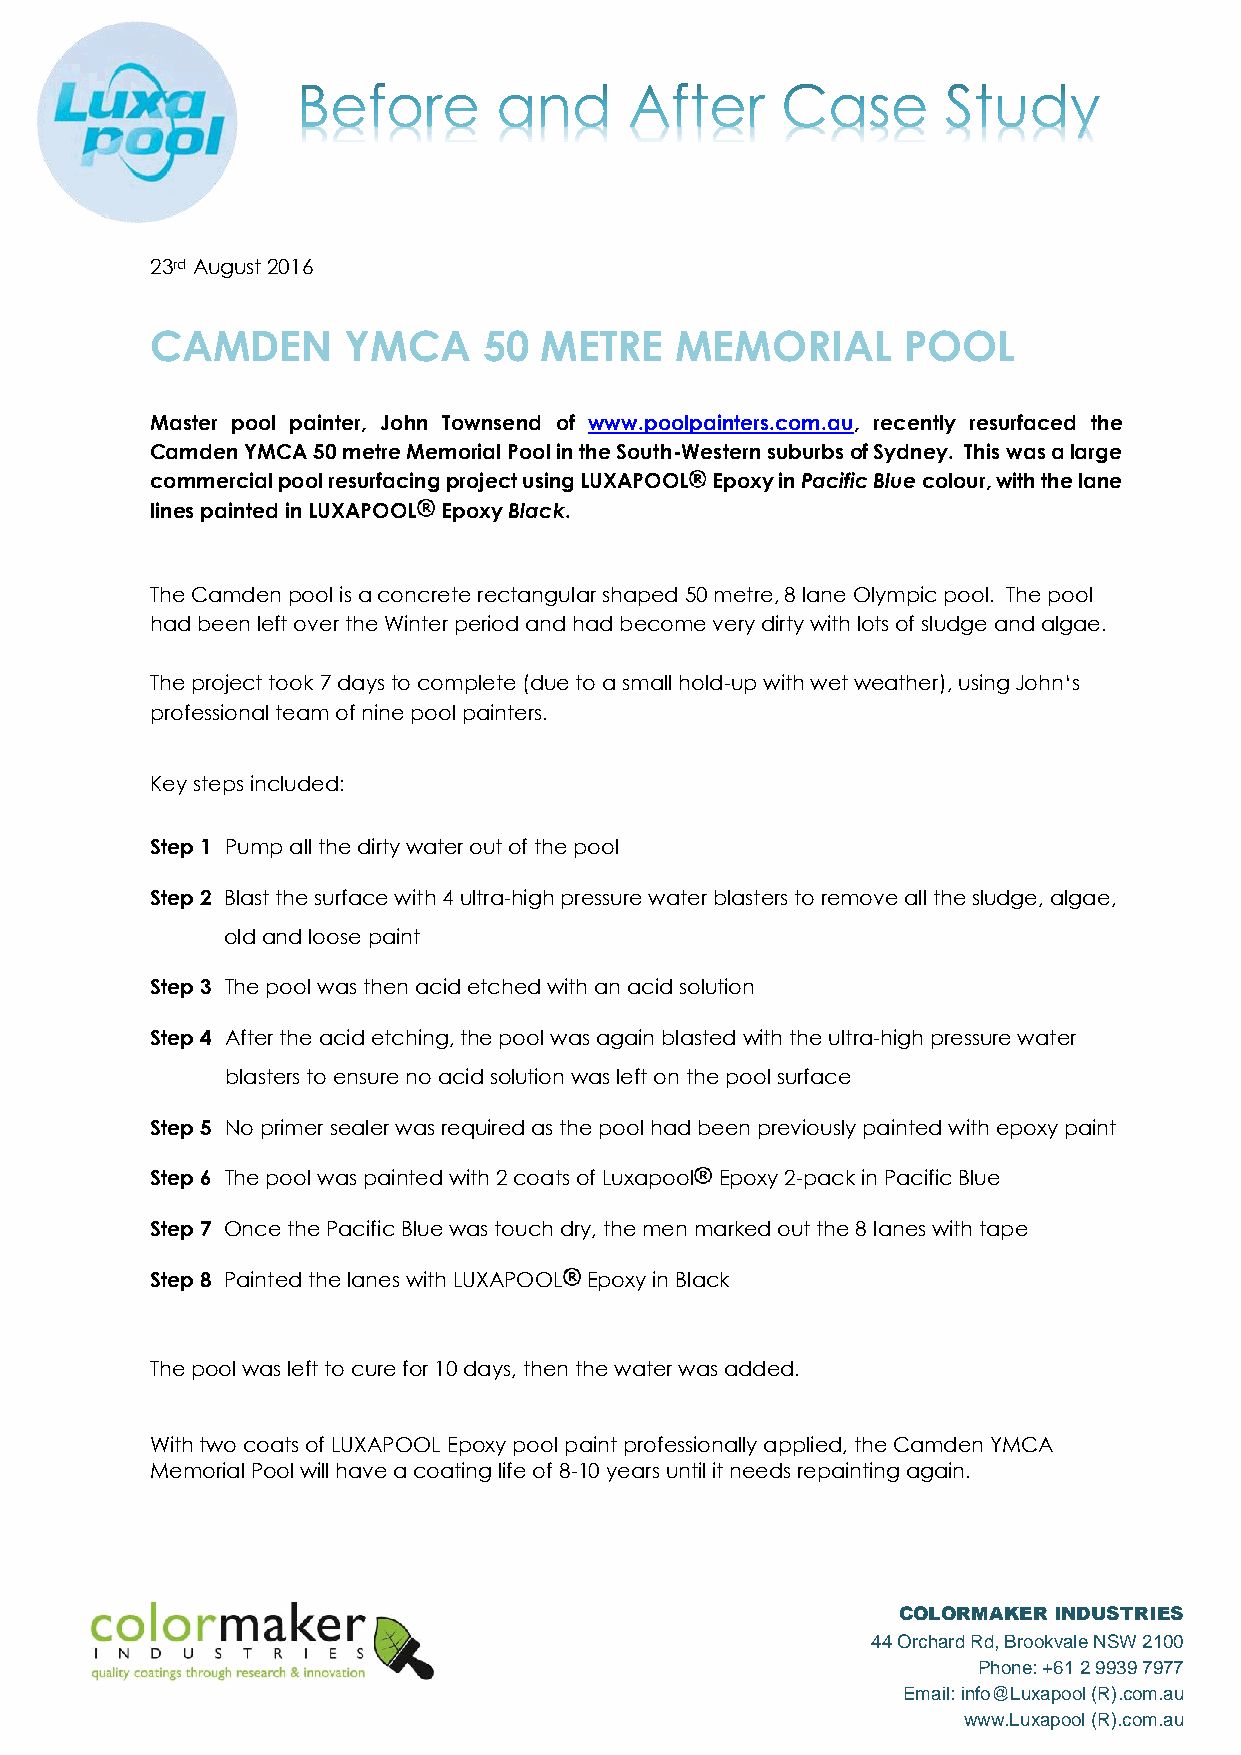
23rd August 2016
 CAMDEN       YMCA     50  METRE    MEMORIAL       POOL
 Master pool painter, John Townsend of www.poolpainters.com.au, recently resurfaced the
 Camden YMCA 50 metre Memorial Pool in the South-Western suburbs of Sydney. This was a large
 commercial pool resurfacing project using LUXAPOOL Epoxy in Pacific Blue colour, with the lane
 lines painted in LUXAPOOL Epoxy Black.
 The Camden pool is a concrete rectangular shaped 50 metre, 8 lane Olympic pool. The pool
 had been left over the Winter period and had become very dirty with lots of sludge and algae.
 The project took 7 days to complete (due to a small hold-up with wet weather), using John‘s
 professional team of nine pool painters.
 Key steps included:
 Step 1 Pump all the dirty water out of the pool
 Step 2 Blast the surface with 4 ultra-high pressure water blasters to remove all the sludge, algae,
 old and loose paint
 Step 3 The pool was then acid etched with an acid solution
 Step 4 After the acid etching, the pool was again blasted with the ultra-high pressure water
 blasters to ensure no acid solution was left on the pool surface
 Step 5 No primer sealer was required as the pool had been previously painted with epoxy paint
 Step 6 The pool was painted with 2 coats of Luxapool Epoxy 2-pack in Pacific Blue
 Step 7 Once the Pacific Blue was touch dry, the men marked out the 8 lanes with tape
 Step 8 Painted the lanes with LUXAPOOL Epoxy in Black
 The pool was left to cure for 10 days, then the water was added.
 With two coats of LUXAPOOL Epoxy pool paint professionally applied, the Camden YMCA
 Memorial Pool will have a coating life of 8-10 years until it needs repainting again.
 COLORMAKER INDUSTRIES
 44 Orchard Rd, Brookvale NSW 2100
 Phone: +61 2 9939 7977
 Email: info@Luxapool (R).com.au
 www.Luxapool (R).com.au